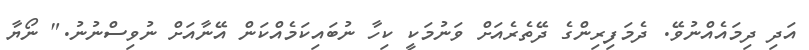
އަދި ދިމައެއްނުވޭ. ދެމަފިރިންގެ ދޭތެރެއަށް ވަނުމަކީ ކިހާ ނުބައިކަމެއްކަން އޭނާއަށް ނުވިސްނުނު." ނޯޔާ